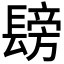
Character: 𮤂